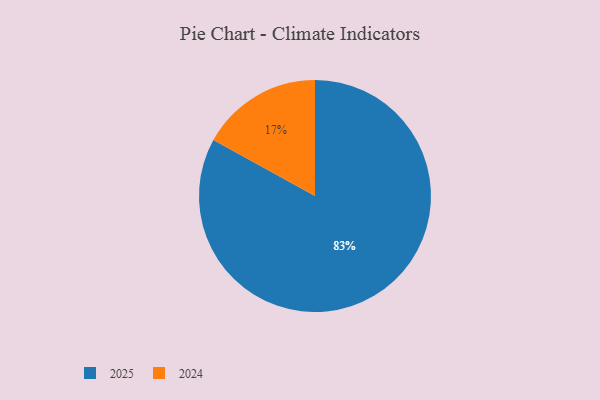
{"axis": {"x": "Category", "y": "Percentage"}, "legend": ["2024", "2025"], "data": [{"x": "2025", "y": 83, "type": "2025"}, {"x": "2024", "y": 17, "type": "2024"}]}